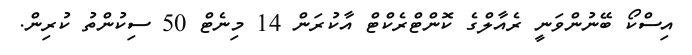
އިސްކޯ ބޭނުންވަނީ ރެއާލްގެ ކޮންޓްރެކްޓް އާކުރަން 14 މިނެޓް 50 ސިކުންތު ކުރިން.